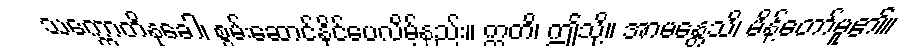
သက္ကောတိနုခေါ၊ စွမ်းဆောင်နိုင်ပေလိမ့်နည်း။ ဣတိ၊ ဤသို့။ အာမန္တေသိ၊ မိန့်တော်မူ၏။